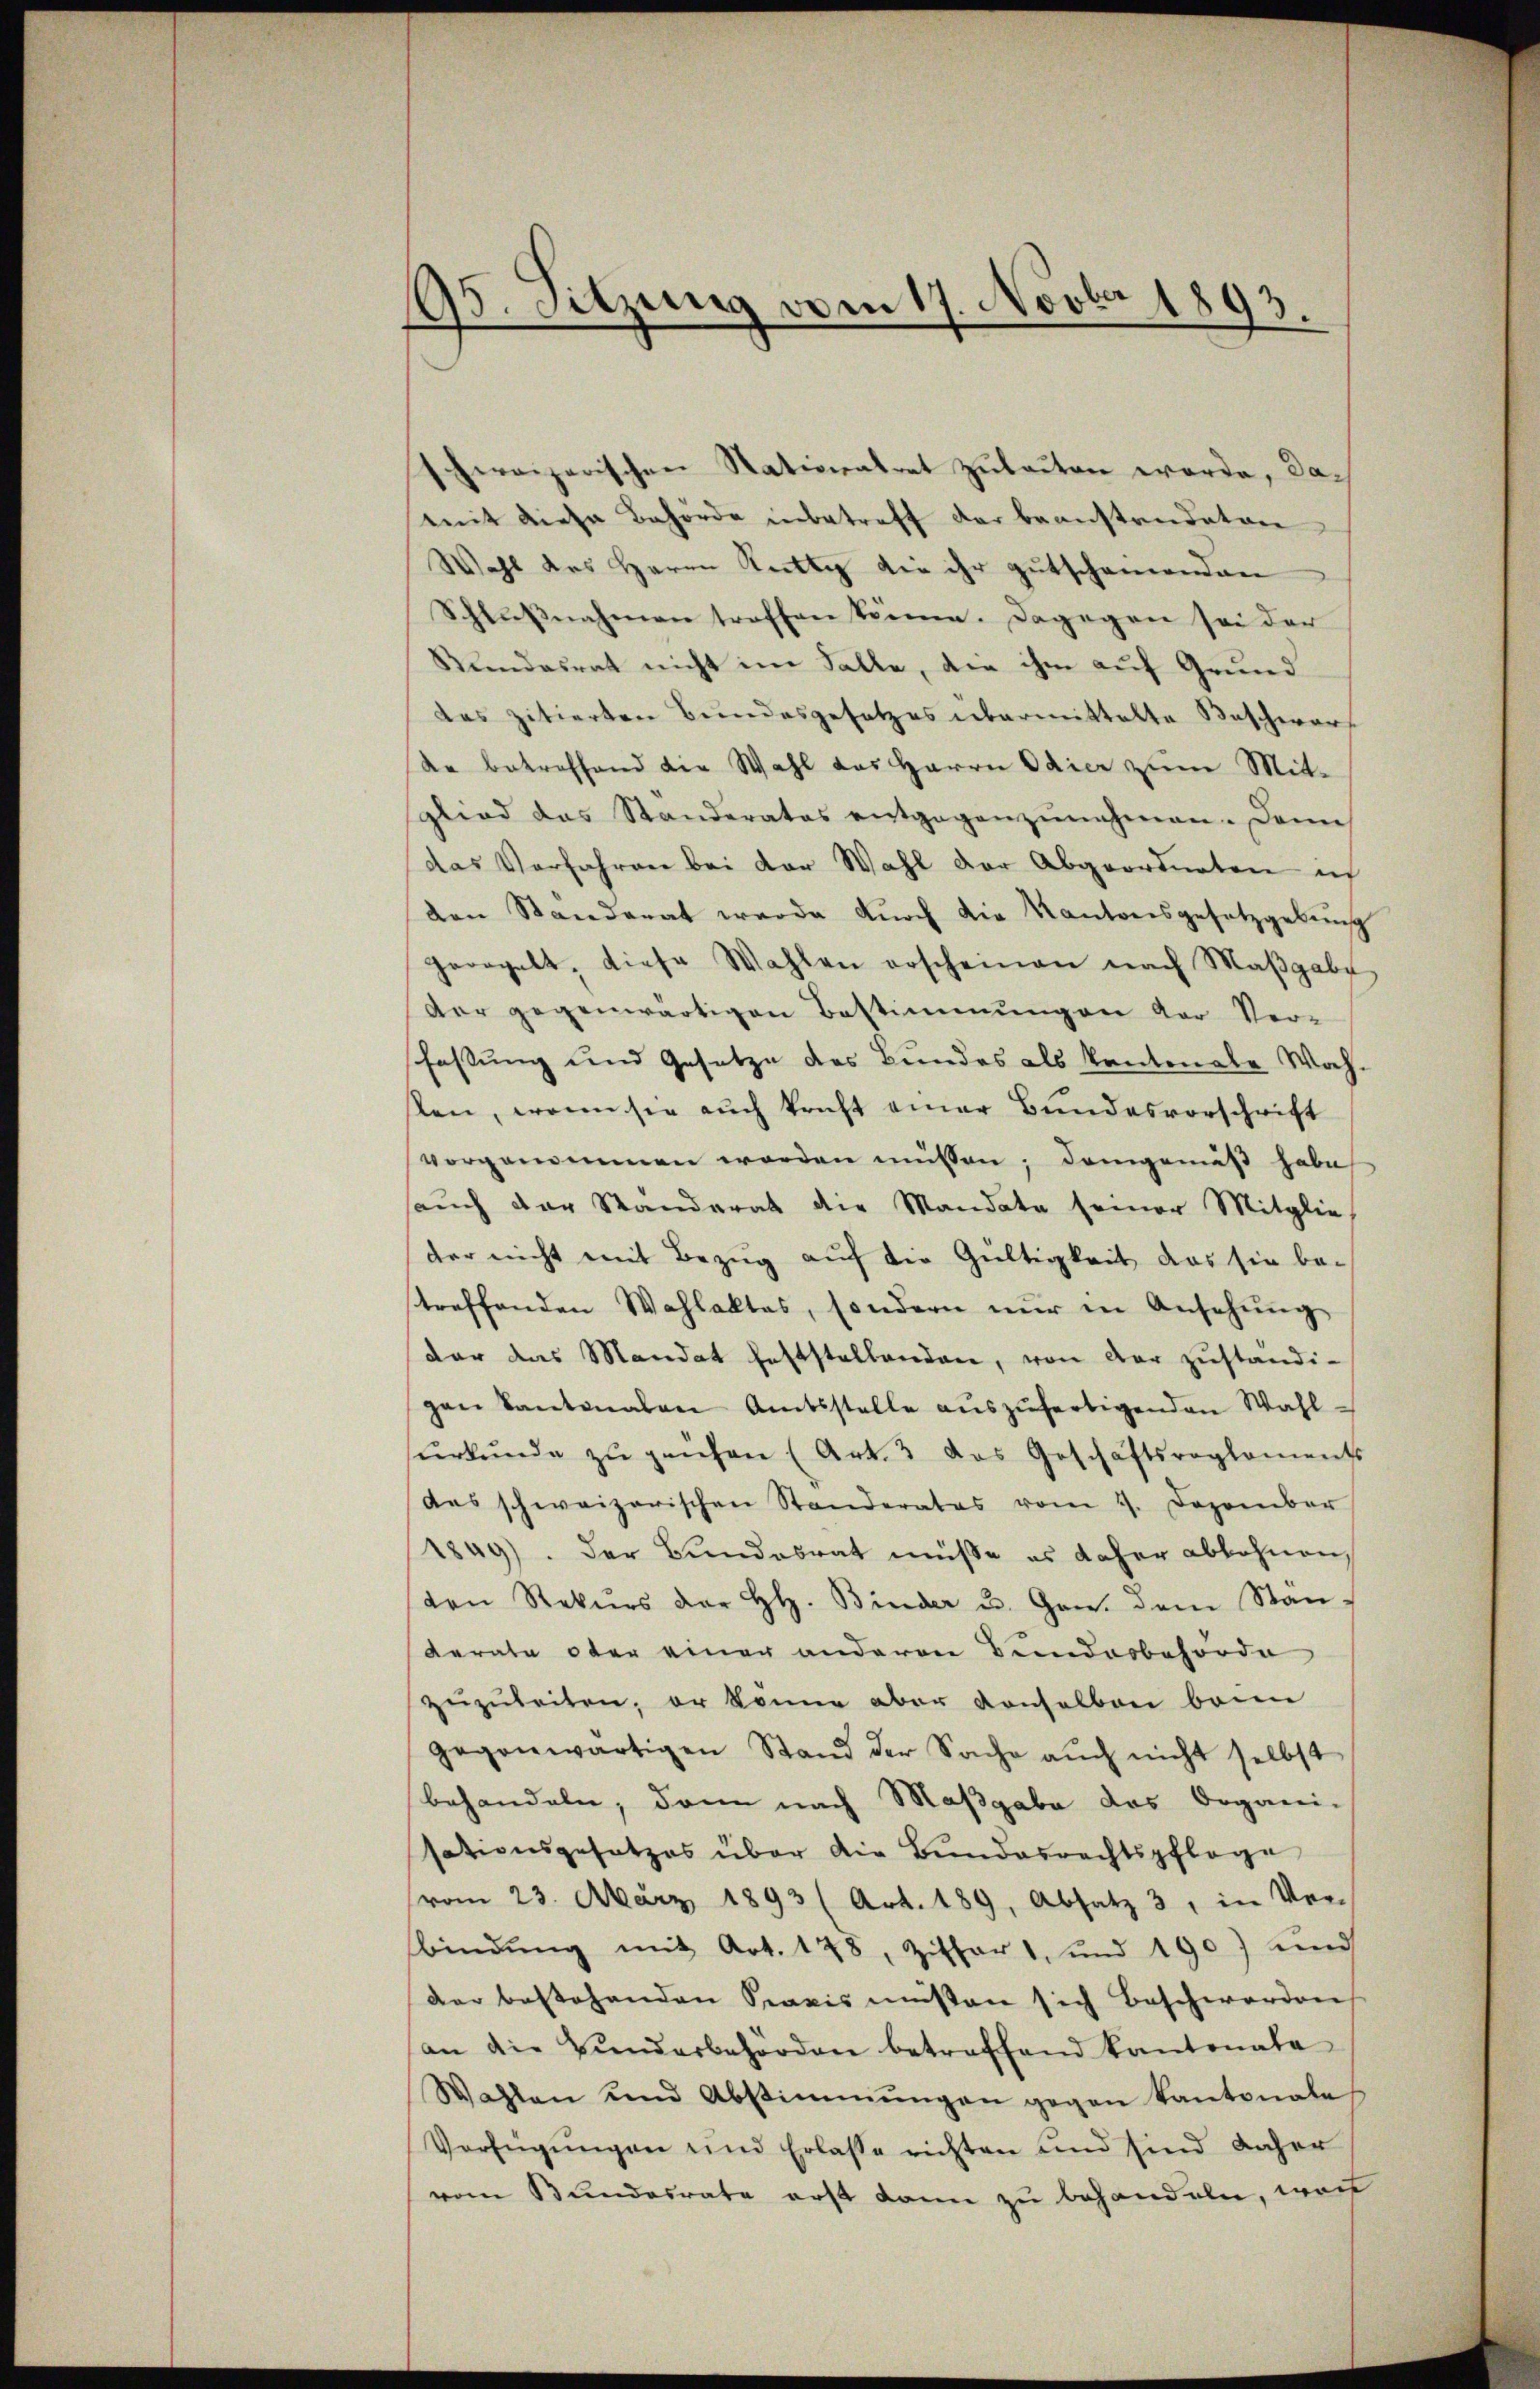
95. Sitzung vom 17. Novbr 1893.

schweizerischen Nationalrat zuleiten werde, damit diese Behörde inbetreff der beanstandeten
Wohl des Herrn Stutti die ihr gutschamenden
Schlŭβnahmen troffen können. Dagegen sei der
Rundesrat nicht im Falle, die ihm auf Grund
das zitierten Bundesgesetzes übermittelte Beschwer-
de betreffend die Wahl das Herrn Odier zum Mit-
glied das Ständerates entgegenzŭnehmen. Dann
das Verfahren bei der Wahl der Abgeordneten ic
den Standerat werde dŭrch die Kantonsgesetzgebung
georgelt, diese Wahlen erscheinen nach Maβgabe
der gegenwärtigen Bestimmungen der Ver-
fassung und Gesetze des Bundes als kantonale Wahsten, wenn sie auch kraft einer Bundesvorschrift
vorgenommen worden müssen; demgemäß habe
aŭch der Standerat die Mandate seiner Mitglie
der nicht mit Bezug auf die Gültigkeit, das sie be-
treffenden Wahlaktes, sondern nur in Ansehung
dar das Mandat feststellenden, von der zuständi-
gen Kantonalen Amtsstelle aŭszŭfertigenden Wahl-
sŭrkŭnde zŭ prüfen (Art. 3 das Geschäftsreglements
des schweizerischen Standerates vom 9. Dezember
1849). Der Bundesrat müsse es daher abbohnen,
den Rekurs der H. Binder u. Gen. dem Stan
derate oder einer anderen Beendesbehörde
zŭzŭleiten, er könne aber Konselben beim
gegenwärtigen Stand der Sache auch nicht selbst
behandeln, dann nach Maßgabe das Organi-
sationsgesetzes über die Bundesrechtspflege
vom 23. März 1893 (Art. 189, Absatz 3, in Ver-
bindŭng mit Art. 178, Ziffer 1, und 190) und
der bestehenden Praxis müssen sich beschwerden
an die Bunderbehörden betreffend kantonale
Wahlen und Abstimmungen gegen Kantonale
Verfügŭngen und Erlasse richten und sind daher
vom Bundesrate erst dann zu behandeln, wor